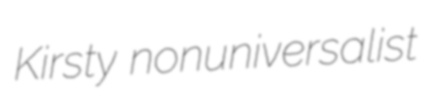
Kirsty nonuniversalist